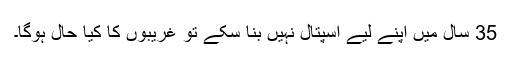
35 سال میں اپنے لیے اسپتال نہیں بنا سکے تو غریبوں کا کیا حال ہوگا۔